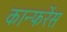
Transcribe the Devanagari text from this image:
कान्फरेंस